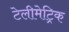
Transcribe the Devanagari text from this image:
टेलीमेट्रिक